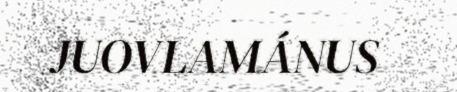
JUOVLAMÁNUS